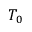
T _ { 0 }